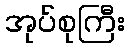
အုပ်စုကြီး